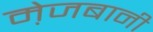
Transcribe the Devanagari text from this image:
मे़जबानी